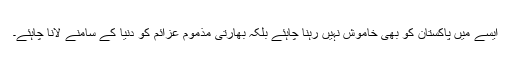
ایسے میں پاکستان کو بھی خاموش نہیں رہنا چاہئے بلکہ بھارتی مذموم عزائم کو دنیا کے سامنے لانا چاہئے۔